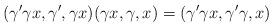
LaTeX: \begin{gather*}(\gamma' \gamma x, \gamma', \gamma x)(\gamma x, \gamma, x)=(\gamma'\gamma x, \gamma'\gamma, x)\end{gather*}